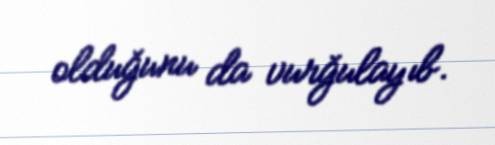
olduğunu da vurğulayıb.